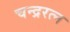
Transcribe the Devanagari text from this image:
चन्द्ररत्न